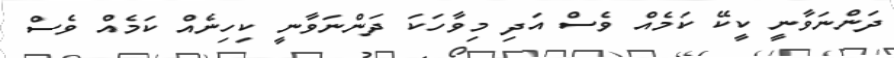
ދަންނަވާނީ ކީކޭ ކަމެއް ވެސް އަދި މިވާހަކަ ދަންނަވާނީ ކިހިނެއް ކަމެއް ވެސް